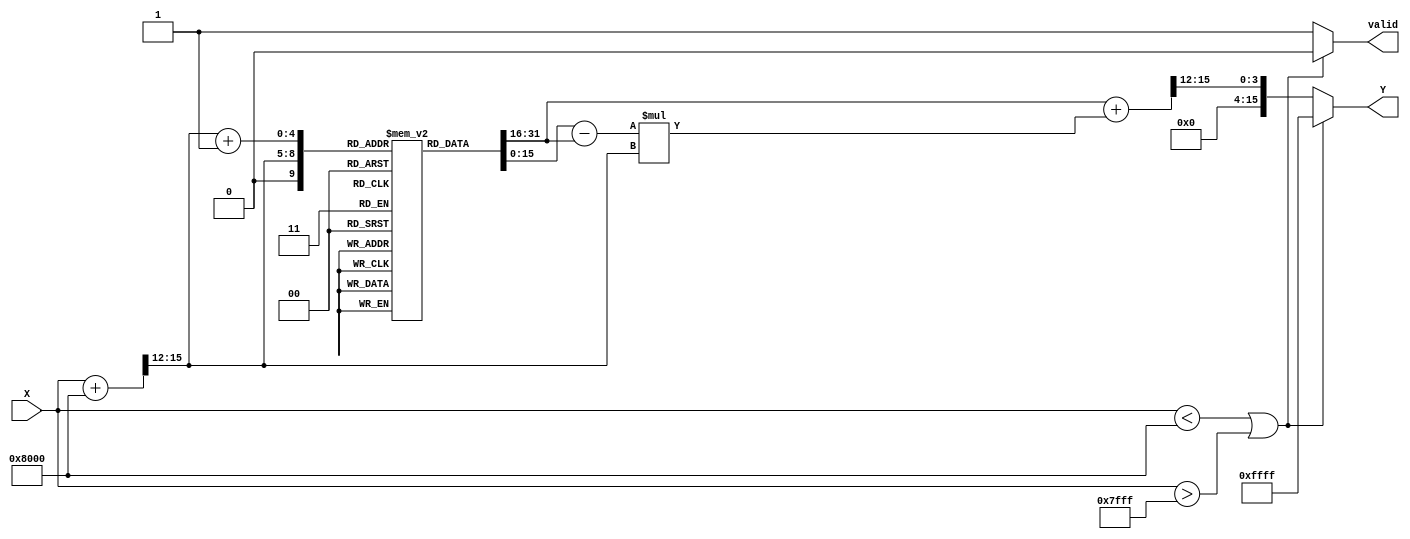
module acos_block (
    input wire [15:0] X,  // Input value (fixed-point representation, range [-1, 1])
    output reg [15:0] Y,  // Output value (angle in radians, fixed-point representation)
    output reg valid      // Output signal to indicate valid output
);

    // Define a lookup table for acos values (fixed-point representation)
    // This is a small example LUT; in practice, you might want a larger LUT for better precision.
    reg [15:0] acos_lut [0:20]; // LUT for acos values
    initial begin
        acos_lut[0] = 16'h0000; // acos(1) = 0
        acos_lut[1] = 16'h3F00; // acos(0.9) ~ 0.451
        acos_lut[2] = 16'h3E80; // acos(0.8) ~ 0.644
        acos_lut[3] = 16'h3E00; // acos(0.7) ~ 0.795
        acos_lut[4] = 16'h3D80; // acos(0.6) ~ 0.927
        acos_lut[5] = 16'h3D00; // acos(0.5) ~ 1.047
        acos_lut[6] = 16'h3C80; // acos(0.4) ~ 1.159
        acos_lut[7] = 16'h3C00; // acos(0.3) ~ 1.249
        acos_lut[8] = 16'h3B80; // acos(0.2) ~ 1.369
        acos_lut[9] = 16'h3B00; // acos(0.1) ~ 1.470
        acos_lut[10] = 16'h3A80; // acos(0) ~ 1.570
        acos_lut[11] = 16'h3A00; // acos(-0.1) ~ 1.670
        acos_lut[12] = 16'h39C0; // acos(-0.2) ~ 1.792
        acos_lut[13] = 16'h3980; // acos(-0.3) ~ 1.892
        acos_lut[14] = 16'h3900; // acos(-0.4) ~ 2.034
        acos_lut[15] = 16'h3880; // acos(-0.5) ~ 2.094
        acos_lut[16] = 16'h3800; // acos(-0.6) ~ 2.214
        acos_lut[17] = 16'h3780; // acos(-0.7) ~ 2.356
        acos_lut[18] = 16'h3700; // acos(-0.8) ~ 2.498
        acos_lut[19] = 16'h3680; // acos(-0.9) ~ 2.692
        acos_lut[20] = 16'h0000; // acos(-1) = 
    end

    // Internal variables for computation
    reg [15:0] x_scaled;
    reg [4:0] index;
    reg [15:0] y_lut1, y_lut2; // LUT values for interpolation
    reg [15:0] x_fraction;      // Fractional part for interpolation
    reg [15:0] y_interpolated;  // Interpolated result

    always @(*) begin
        valid = 1'b1; // Assume valid output
        if (X < 16'h8000 || X > 16'h7FFF) begin // Check if X is in range [-1, 1]
            Y = 16'hFFFF; // Indicate error (NaN or undefined)
            valid = 1'b0; // Mark output as invalid
        end else begin
            // Scale X to fit LUT indices (assuming 16-bit fixed-point)
            x_scaled = (X + 16'h8000) >> 12; // Scale from [-1, 1] to [0, 20]

            // Determine LUT index and fractional part for interpolation
            index = x_scaled[4:0];
            x_fraction = x_scaled[11:0]; // Get the fractional part

            // Get two LUT values for interpolation
            y_lut1 = acos_lut[index];
            y_lut2 = acos_lut[index + 1];

            // Linear interpolation
            y_interpolated = y_lut1 + ((y_lut2 - y_lut1) * x_fraction) >> 12;

            Y = y_interpolated; // Assign the interpolated result to output
        end
    end

endmodule